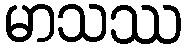
မာသဿ